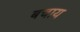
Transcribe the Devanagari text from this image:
बचाय